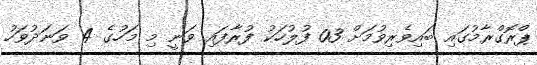
ޕްރޮގްރާމުގައި ބައިވެރިވުމަށް 03 ފުލުހަކު ފުރާފައި ވަނީ މި މަހުގެ 4 ވަނަދުވަހު